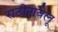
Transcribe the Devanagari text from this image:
राठीनावेलू